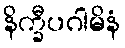
နိက္ခီပဂါမိနံ